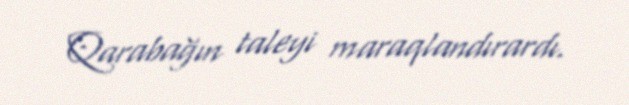
Qarabağın taleyi maraqlandırardı.